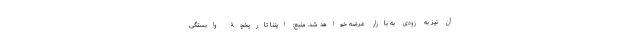
آن نیز به زودی به بازار عرضه خواهد شد. منبع: ایتنا تاریخچۀ وابستگی